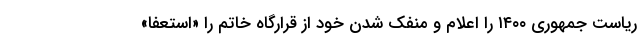
ریاست جمهوری ۱۴۰۰ را اعلام و منفک شدن خود از قرارگاه خاتم را «استعفا»